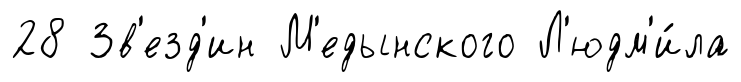
28 Зв'езд'ин М'едынского Л'юдм'и́ла